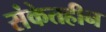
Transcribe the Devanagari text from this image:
संकेतहीन